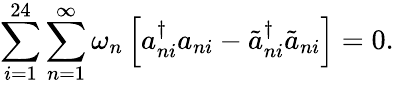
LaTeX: \sum_{i=1}^{24}\sum_{n=1}^{\infty}\omega_{n}\left[a_{ni}^{\dagger}a_{ni}-\tilde{a}_{ni}^{\dagger}\tilde{a}_{ni}\right]=0\mathrm{.}